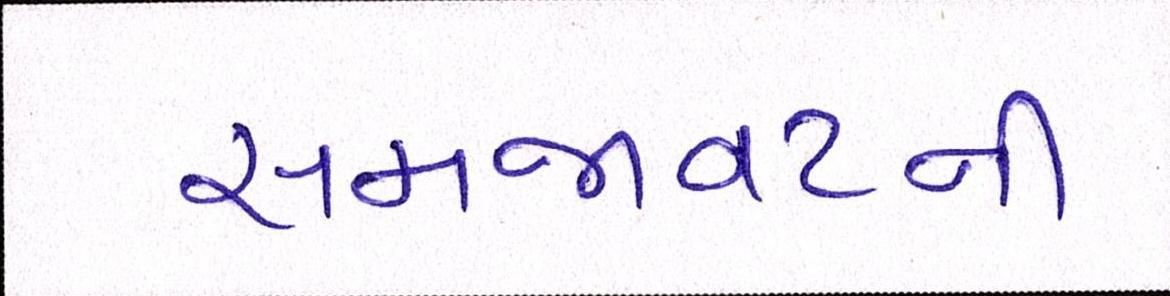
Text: સમજાવટની